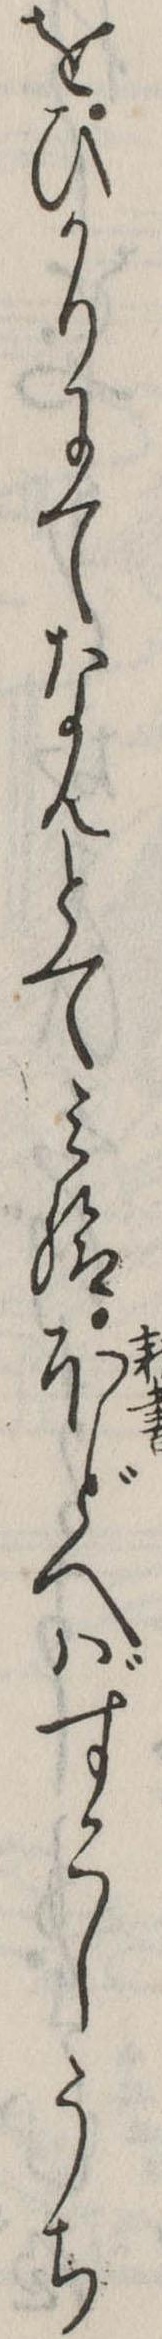
をひかりにてなんとてみ給ほどへばすこしうち